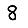
Digit: 8